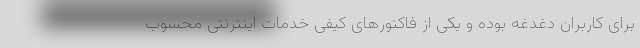
برای کاربران دغدغه بوده و یکی از فاکتور‌های کیفی خدمات اینترنتی محسوب